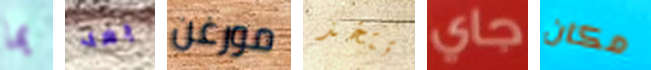
بما بعد مورغن تتخذ جاي مكان